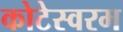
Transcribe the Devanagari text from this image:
कोटेस्वरम